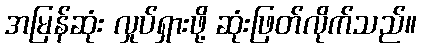
အမြန်ဆုံး လှုပ်ရှားဖို့ ဆုံးဖြတ်လိုက်သည်။